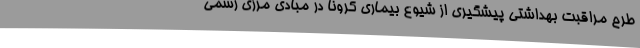
طرح مراقبت بهداشتی پیشگیری از شیوع بیماری کرونا در مبادی مرزی رسمی